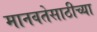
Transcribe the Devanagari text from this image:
मानवतेसाठीच्या